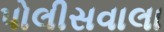
પોલીસવાલા